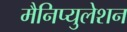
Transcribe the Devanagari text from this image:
मैनिप्युलेशन